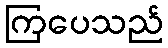
ကြပေသည်